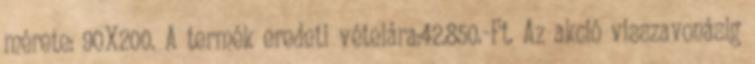
mérete: 90X200. A termék eredeti vételára:42.850.-Ft. Az akció visszavonásig